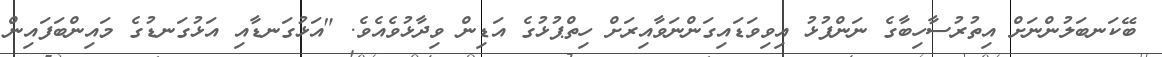
ބޭކަނބަލުންނަށް އިތުރުސާހިބާގެ ނަންފުޅު އިވިވަޑައިގަންނަވާއިރަށް ހިތްޕުޅުގެ އަޑިން ވިދާޅުވެއެވެ. "އަޅުގަނޑާއި އަޅުގަނޑުގެ މައިންބަފައިން